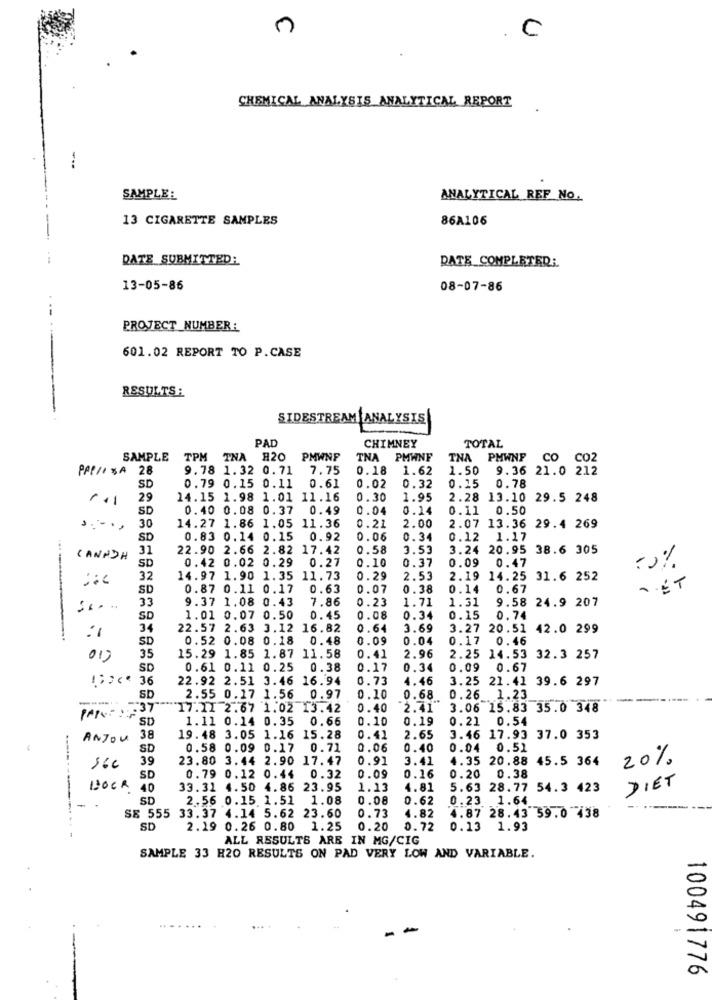
n
C
.
CHEMICAL ANALYSIS ANALYTICAL REPORT
SAMPLE:
ANALYTICAL REF No.
13 CIGARETTE SAMPLES
86A106
DATE SUBMITTED:
DATE COMPLETED;
13-05-86
08-07-86
PROJECT _NUMBER:
601.02 REPORT TO P.CASE
RESULTS:
SIDESTREAM ANALYSIS
PAD
TOTAL
CHIMNEY
SAMPLE
TPM TNA 820 PMWNF
TNA PMWNF
TNA PMWNF CO CO2
PPP// SA 28
9.78 1.32 0.71 7.75
0.18
1.62
1.50 9.36 21.0 212
SD
0.79 0.15 0.11 0.61
0.02
0.32
0.15 0.78
29
14.15 1.98 1.01 11.16
0.30
1.95
2.28 13.10 29.5 248
SD
0.40 0.08 0.37 0.49
0.04
0.14
0.11 0.50
14.27 1.86 1.05 11.36
30
0.21
2.00
2.07 13.36 29.4 269
SD
0.83 0.14 0.15 0.92
0.06
0.34
0.12 1.17
31
22.90 2.66 2.82 17.42
0.58
3.53
3.24 20.95 38.6 305
CANADA
0.42 0.02 0.29 0.27
0.10
0.37
0.09 0.47
SD
32
14.97 1.90 1.35 11.73
0.29
2.53
2.19 14.25 31.6 252
SD
0.87 0.11 0.17 0.63
0.07
0.38
0.14 0.67
.. ET
33
9.37 1.08 0.43
7.86
0.23
1.71
1.31
9.58 24.9 207
SD
1.01 0.07 0.50 0.45
0.08
0.34
0.15
0.74
34
22.57 2.63 3.12 16.82
0.64
3.69
3.27 20.51
42.0 299
SD
0.52 0.08 0.18 0.48
0.09
0.04
0.17 0.46
35
15.29 1.85 1.87 11.58
0.41
2.96
2.25 14.53 32.3 257
SD
0.61 0.11 0.25
0.38
0.17
0.34
0.09 0.67
-
36
22.92 2.51 3.46 16.94
0.73
4.46
3.25 21.41 39.6 297
SD
2.55 0.17 1.56 0.97
0.10
0.68
0.26 1.23
-
PAPO : :. 37
17.11 2.67 1.02 13.42
0.40
2.41
3.06 15.83 35.0 348
SD
1.11 0.14 0.35 0.66
0.10
0.19
0.21 0.54
ANJOU
38
19.48 3.05 1.16 15.28
0.41
2.65
3.46 17.93 37.0 353
SD
0.58 0.09 0.17 0.71
0.06
0.40
0.04 0.51
39
23.80 3.44 2.90 17.47
0.91
3.41
4.35 20.88 45.5 364
20%
SD
0.79 0.12 0.44 0.32
0.09
0.16
0.20 0.38
DIET
BOCK
40
33.31 4.50 4.86 23.95
1.13
4.81
5.63 28.77 54.3 423
SD
2.56 0.15 1.51 1.08
0.08
0.62
0.23 1.64
-
0.73
4.82
4.87 28.43 59.0 438
SE 555 33.37 4.14 5.62 23.60
SD
2.19 0.26 0.80 1.25
0.20
0.72
0.13 1.93
ALL RESULTS ARE IN MG/CIG
SAMPLE 33 H20 RESULTS ON PAD VERY LOW AND VARIABLE.
100491776